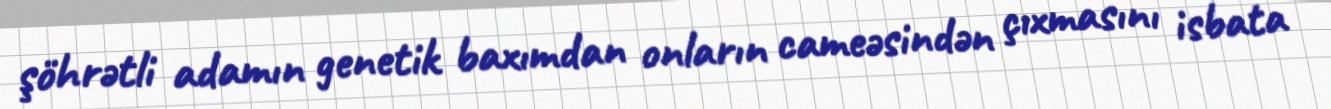
şöhrətli adamın genetik baxımdan onların cameəsindən çıxmasını isbata